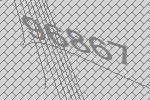
96867